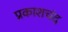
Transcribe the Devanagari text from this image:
प्रकाशचंद